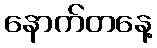
နောက်တနေ့